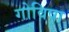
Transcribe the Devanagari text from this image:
गोविषा